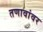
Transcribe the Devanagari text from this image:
तणावांवर